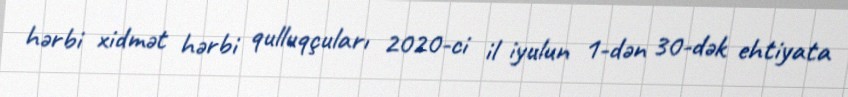
hərbi xidmət hərbi qulluqçuları 2020-ci il iyulun 1-dən 30-dək ehtiyata